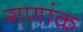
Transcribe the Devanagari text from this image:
गणांक